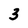
Character: 3